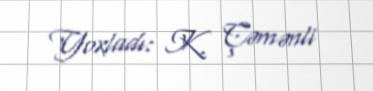
Yoxladı: K. Çəmənli